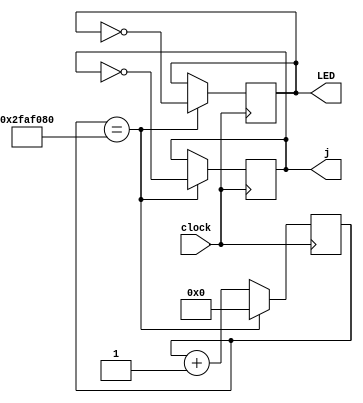
module timing (clock, j, LED);

input clock;
output reg j;
output reg LED;
reg [31:0] i;

always @(posedge clock)
begin

if (i== 32'd50000000)
begin
i=0;
j=!j;
LED=!LED;

end

else
begin
i=i+1;
end



end
endmodule